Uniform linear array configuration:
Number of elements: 12
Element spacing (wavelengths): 1
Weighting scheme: hann
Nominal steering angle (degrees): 45
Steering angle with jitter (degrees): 45.567
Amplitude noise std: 0.05
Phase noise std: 0.05

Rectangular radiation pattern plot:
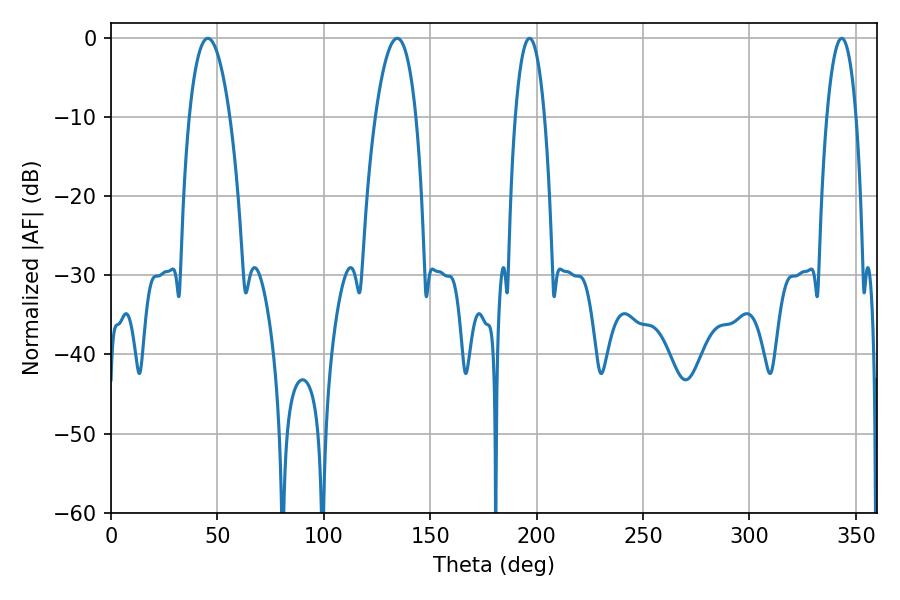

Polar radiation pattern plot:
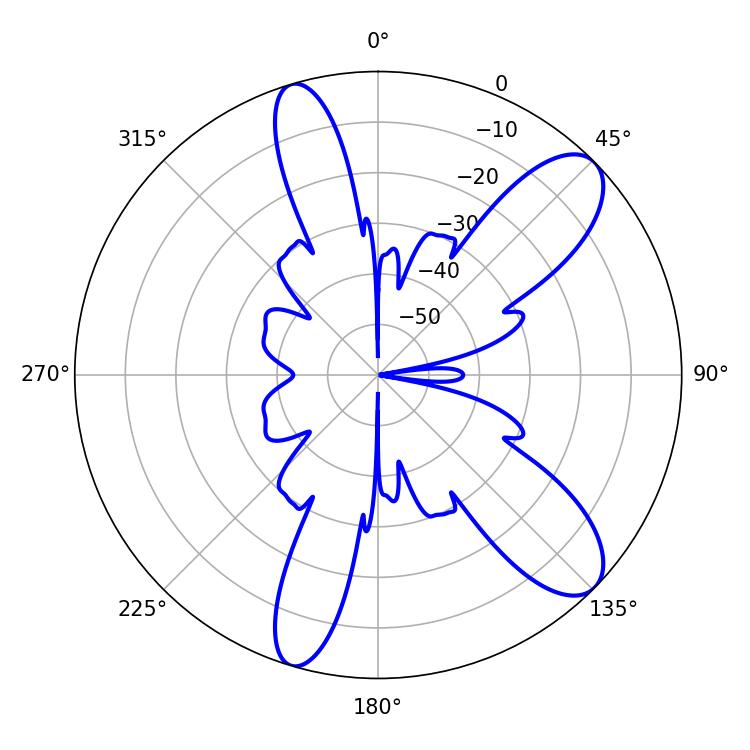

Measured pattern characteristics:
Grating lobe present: TRUE
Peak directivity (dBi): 9.981
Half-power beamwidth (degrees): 10.62
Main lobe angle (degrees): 45.54